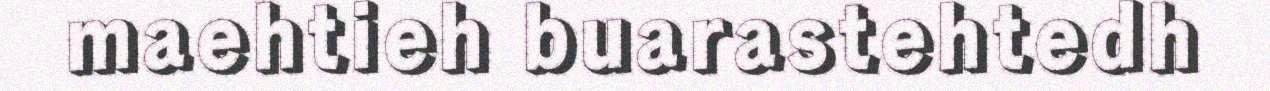
maehtieh buarastehtedh